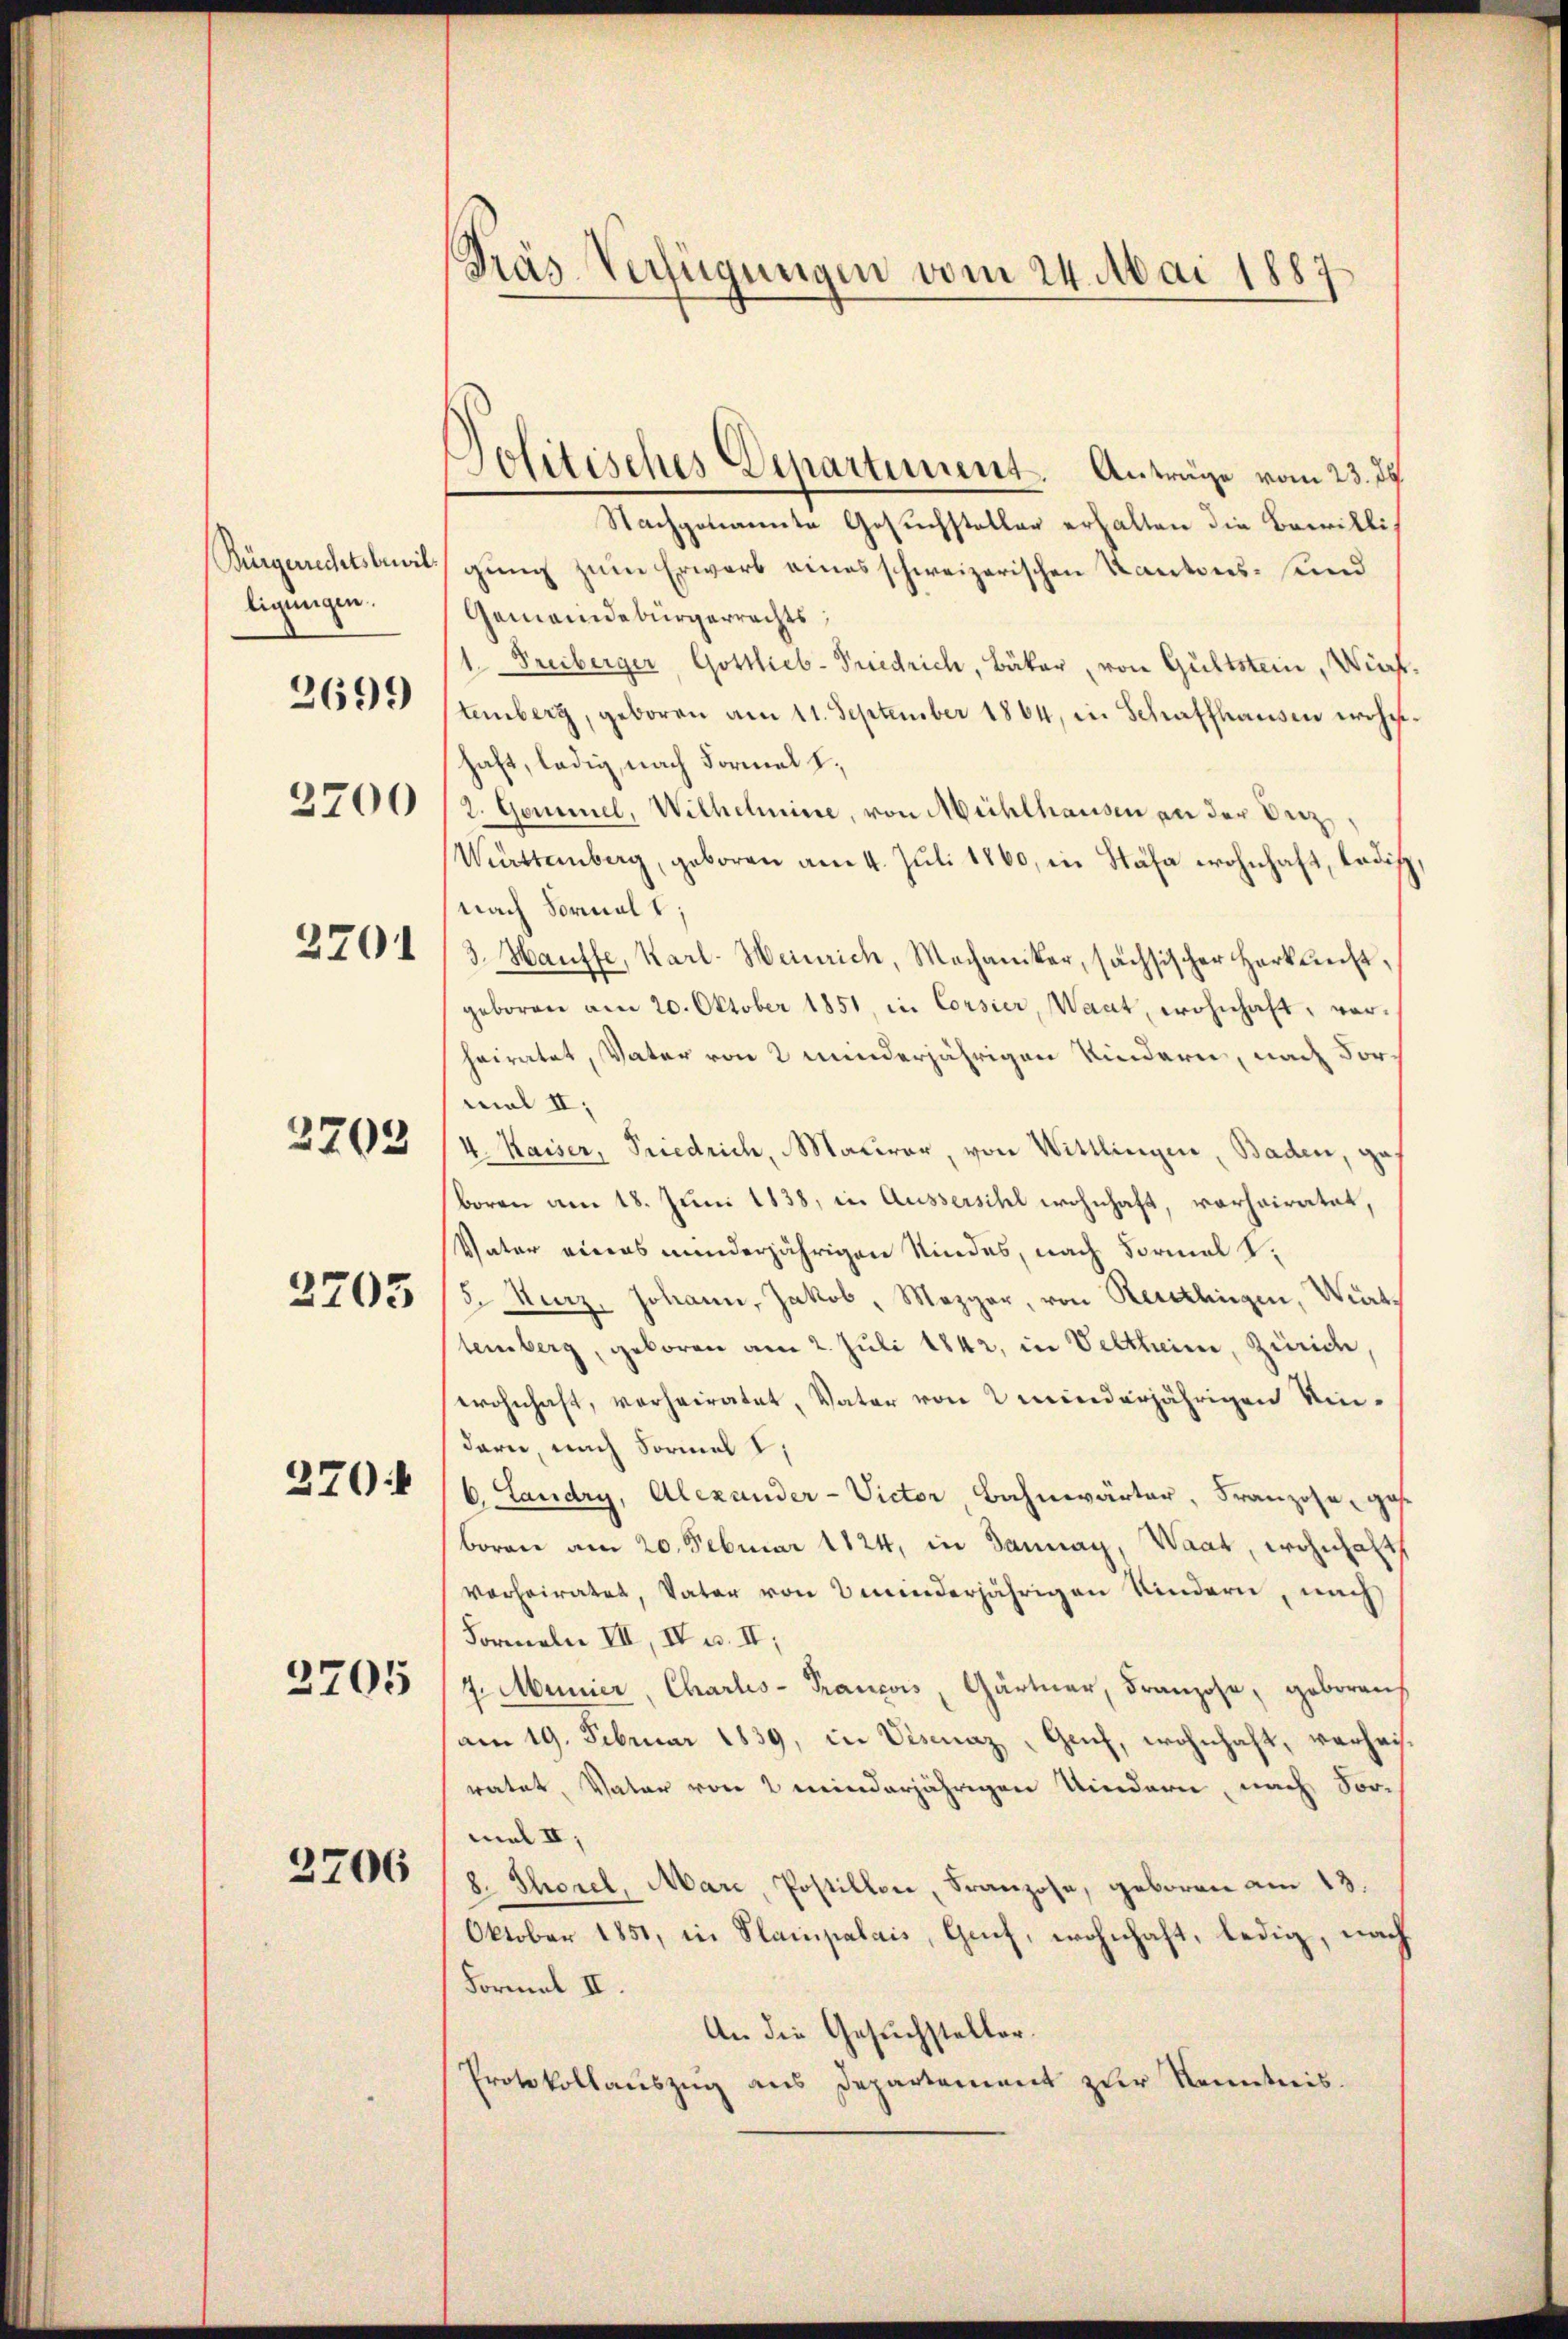
Bürgerrechtsbewil
ligungen.
2700
2701

2699

3703

3703

270:

2705

2706

Präs Verfügungen vom 24. Mai 1887

Jolitisches Departiment. Anträge vom 23. d.
Nachgenannte Gesuchsteller erhalten die Bewilligung zum Erwarb eines schweizerischen Kantons- und
Gemeindebürgerrechts;
1. Freiberger, Gottlieb-Friedrich, Bäker, von Gültstein, Wieftenberg, geboren am 11. September 1864, in Schaffhausen wohnhaft, ledig, nach Formal I.
2. Gemmel, Wilhelmine, von Mühlhausen an der Bez
Wiarttemberg, geboren am 4. Jŭli 1860, in Stäfa wohnhaft, Ladis
nach Formal t;
3. Hauffe, Karl-Heinrich, Mechaniker, sächsischer Herkunst,
geboren am 20. Oktober 1851, in Corsier, Waat, wohnhaft, vorheiratet, Vater von 2 minderjährigen Kindern, nach vormal II,
4. Kaiser, Priedrich, Maurer, von Wittlingen, Baden, geboren am 18. Juni 1838, in Aussersihl wohnhaft, vorheiratet,
Vater eines minderjährigen Kindes, nach Formal S.
5. Kurz, Johann, Jakob, Mezger, von Rechtlingen, Württemberg, geboren am 2. Juli 1842, in Veltheim, Zürich,
wohnhaft, vorheiratet, Vater von minderjährigen Kin-
dern, nach Formal I
6. Landry, Alexander-Victor, Bahnwärter, Franzose, gese
boren am 20. Februar 1824, in Dannay, Waar, wohnhalt
verheiratet, Vater von minderjährigen Kindern, nach
Formeln VII, IV u. II,
7. Manier, Charls-Trancois, Gärtner, Franzose, geboren
am 19. Februar 1839, in Visaz "Geich, wohnhaft, verheisratet, Vater von 2 minderjährigen Kindern, nach Vor-
mal II,
8. Thorel, Mare, Postillon, Franzose, geboren am 13.
Oktober 1851, in Plampalais, Genf, wohnhaft, ledig, nach
Formel II.
An die Gesuchsteller.
Protokollauszug aus Departement zur Kenntnis.